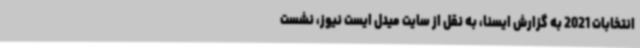
انتخابات 2021 به گزارش ایسنا، به نقل از سایت میدل ایست نیوز، نشست